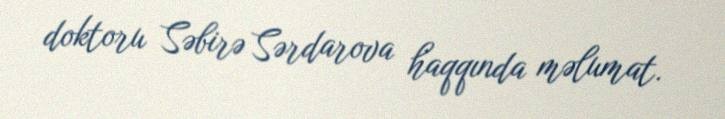
doktoru Səbirə Sərdarova haqqında məlumat.